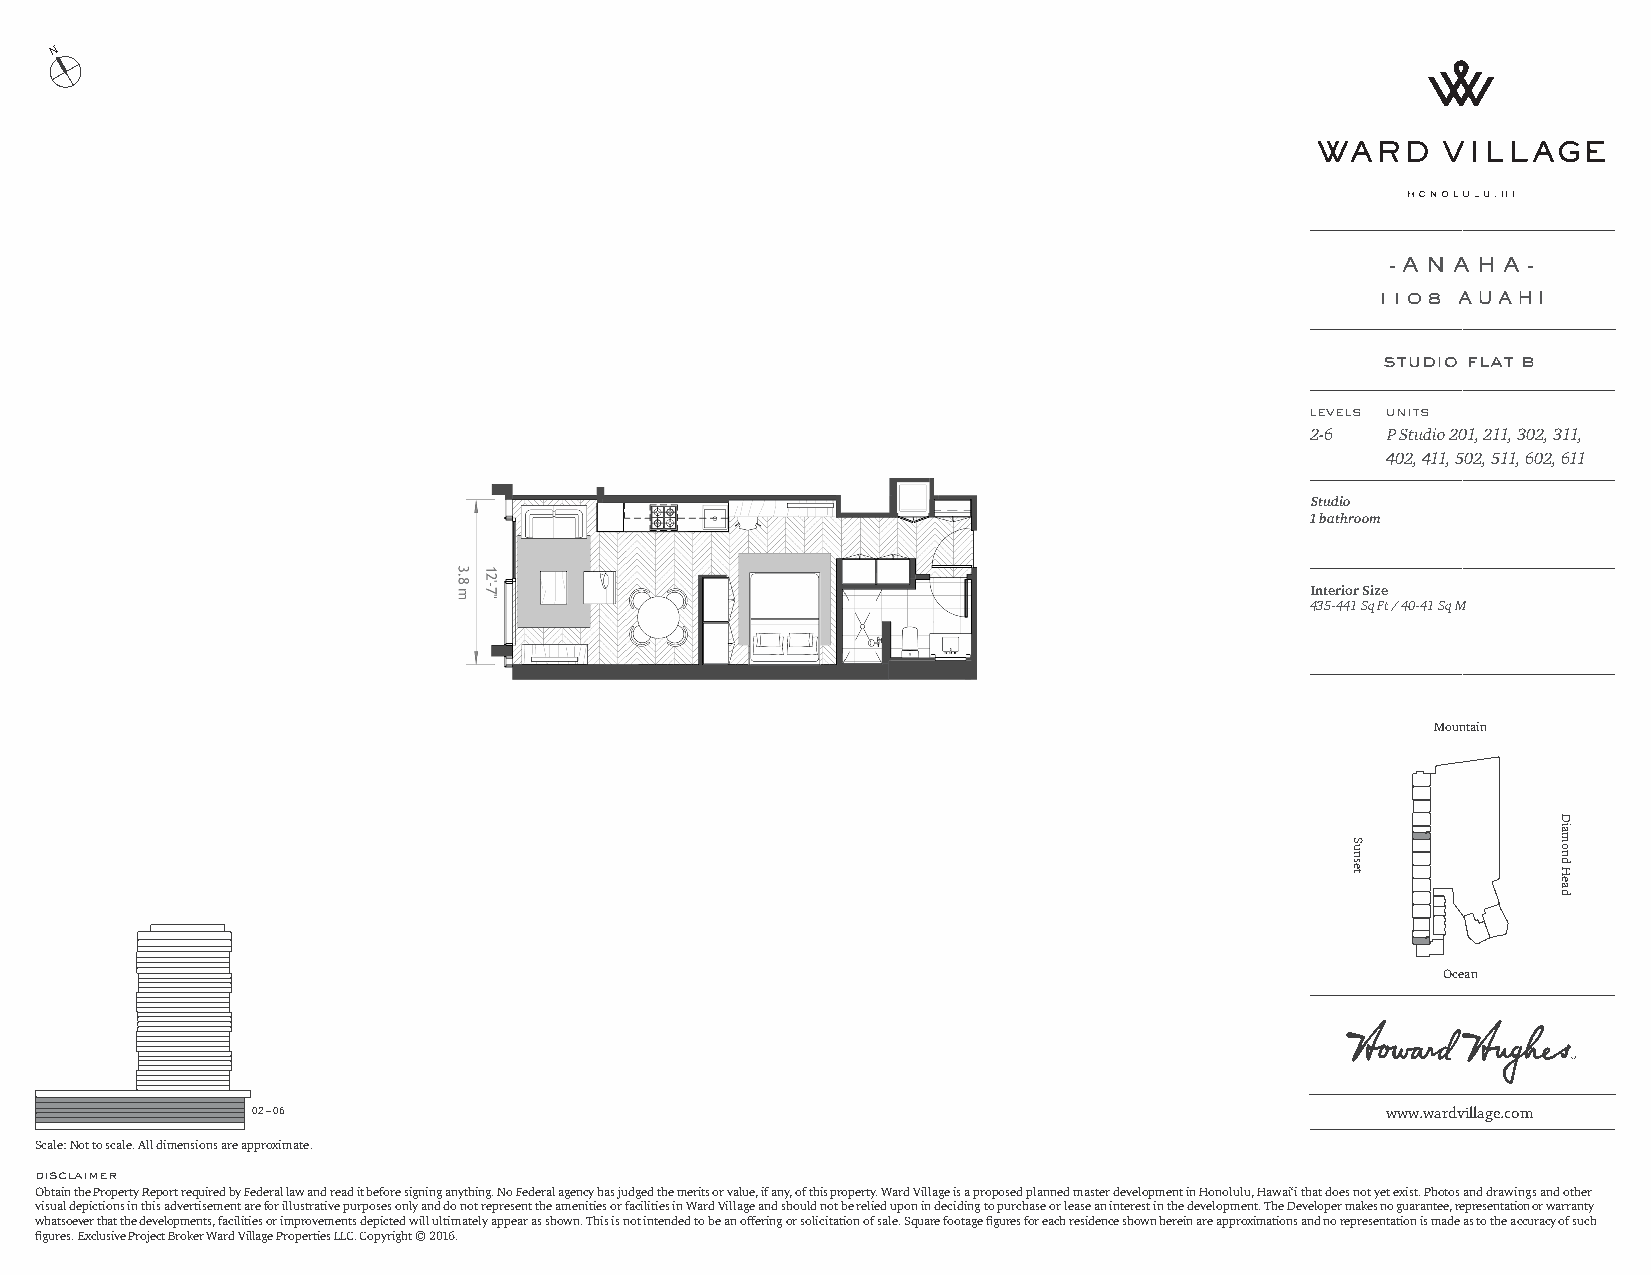
N
 - A N A H A -
 1108 AUAHI
 studio flat b
 levels units
 2-6  P Studio 201, 211, 302, 311,
 402, 411, 502, 511, 602, 611
 Studio
 1 bathroom
 Interior Size
 435-441 Sq Ft / 40-41 Sq M
 Mountain
 Ocean
 02 – 06                                                                    www.wardvillage.com
 Scale: Not to scale. All dimensions are approximate.
 disclaimer
 Obtain the Property Report required by Federal law and read it before signing anything. No Federal agency has judged the merits or value, if any, of this property. Ward Village is a proposed planned master development in Honolulu, Hawai‘i that does not yet exist. Photos and drawings and other
 visual depictions in this advertisement are for illustrative purposes only and do not represent the amenities or facilities in Ward Village and should not be relied upon in deciding to purchase or lease an interest in the development. The Developer makes no guarantee, representation or warranty
 whatsoever that the developments, facilities or improvements depicted will ultimately appear as shown. This is not intended to be an offering or solicitation of sale. Square footage figures for each residence shown herein are approximations and no representation is made as to the accuracy of such
 figures. Exclusive Project Broker Ward Village Properties LLC. Copyright © 2016.
 Sunset
 Diamond
 Head